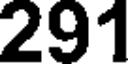
291